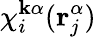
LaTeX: \chi_{i}^{\mathbf{k}\alpha}(\mathbf{{r}}_{j}^{\alpha})